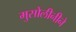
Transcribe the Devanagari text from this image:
मुसोलीनीने